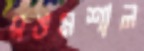
রঙমশাল